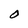
Character: O